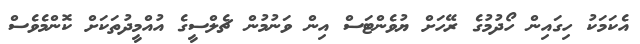
އެކަމަކު ހިގައިން ހޯދުމުގެ ރޭހަށް ޔުވެންޓަސް އިން ވަނުމުން ޗެލްސީގެ އުއްމީދުތަކަށް ކޮންމެވެސް